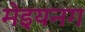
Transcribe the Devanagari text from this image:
मेइयनग